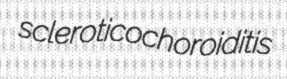
scleroticochoroiditis